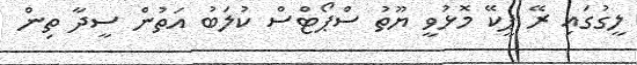
ލީގުގައި ރޭ ޕީކޭ މޮޅުވީ ޔޫތު ސްޕޯޓްސް ކުލަބު އަތުން ސީދާ ތިން